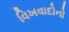
વિખવાદોનો